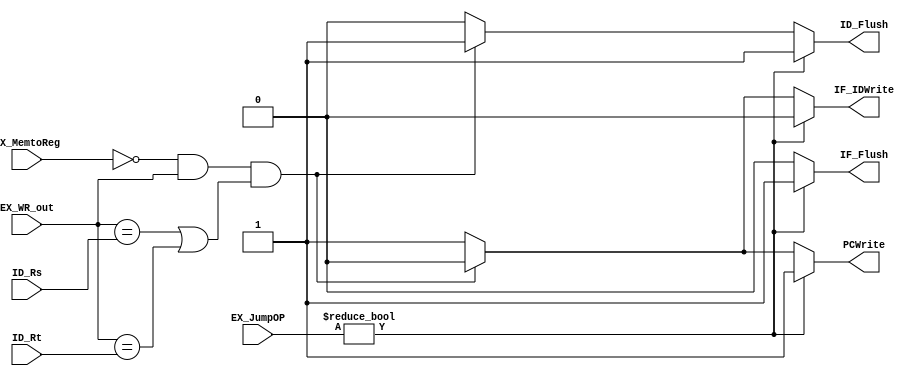
// Hazard Detection Unit

module HDU ( // input
			 ID_Rs,
       ID_Rt,
			 EX_WR_out,
			 EX_MemtoReg,
			 EX_JumpOP,
			 // output
			 // write your code in here
			 PCWrite,
			 IF_IDWrite,
			 IF_Flush,
			 ID_Flush
			 );
	
	parameter bit_size = 32;
	
	input [4:0] ID_Rs;
	input [4:0] ID_Rt;
	input [4:0] EX_WR_out;
	input EX_MemtoReg;
	input [1:0] EX_JumpOP;
	
	output reg PCWrite;
	output reg IF_IDWrite;
	output reg IF_Flush;
	output reg ID_Flush;


	// write your code in here
	always @(*) begin
		PCWrite    <= 1;
		IF_IDWrite <= 1;
		ID_Flush   <= 0;
		IF_Flush   <= 0;
		if(!EX_MemtoReg && EX_WR_out && ((EX_WR_out == ID_Rs) || (EX_WR_out == ID_Rt))) begin
			IF_IDWrite <= 0;
			ID_Flush   <= 1;
			PCWrite    <= 0;
		end
		if (EX_JumpOP != 0) begin
			PCWrite    <= 1;
			IF_IDWrite <= 0;
			IF_Flush   <= 1;
			ID_Flush   <= 1;
		end
	end
endmodule